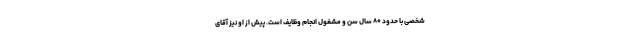
شخصی با حدود ۸۰ سال سن و مشغول انجام وظایف است. پیش از او نیز آقای